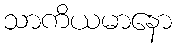
သာကိယမာနော